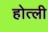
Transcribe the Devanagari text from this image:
होत्ली